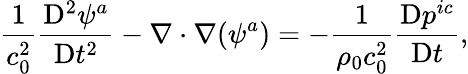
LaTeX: \frac{1}{c_{0}^{2}}\frac{\mathrm{D}^{2}\psi^{a}}{\mathrm{D}t^{2}}-\nabla\cdot\nabla(\psi^{a})=-\frac{1}{\rho_{0}c_{0}^{2}}\frac{\mathrm{D}p^{ic}}{\mathrm{D}t},